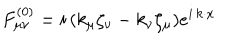
F _ { \mu \nu } ^ { ( 0 ) } = i \, ( k _ { \mu } \zeta _ { \nu } - k _ { \nu } \zeta _ { \mu } ) e ^ { i \, k \cdot x }